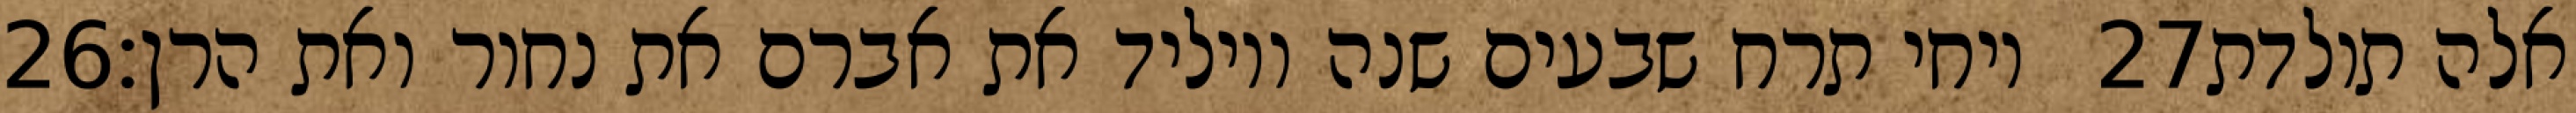
‎26‏ ויחי תרח שבעים שנה ויוליד את אברם את נחור ואת הרן׃ ‎27‏ אלה תולדת